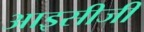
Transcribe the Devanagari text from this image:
आइसीजी